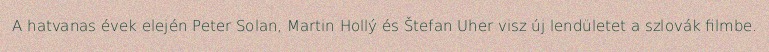
A hatvanas évek elején Peter Solan, Martin Hollý és Štefan Uher visz új lendületet a szlovák filmbe.